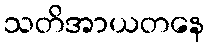
သတိအာယတနေ